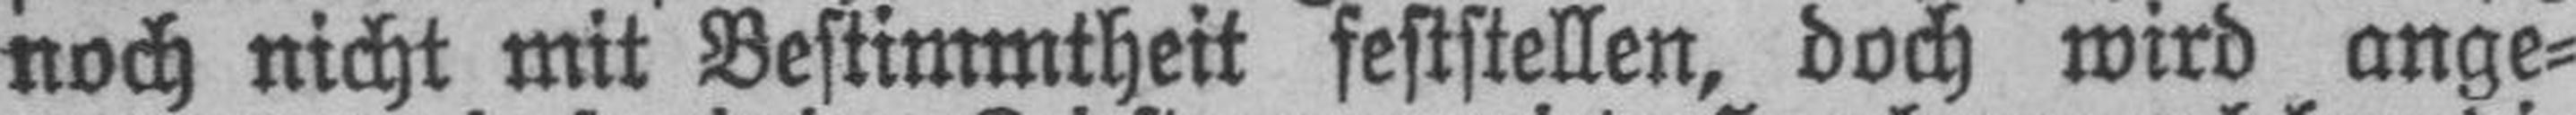
noch nicht mit Bestimmtheit feststellen, doch wird ange¬